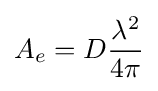
A_{e}=D{\frac {\lambda ^{2}}{4\pi }}